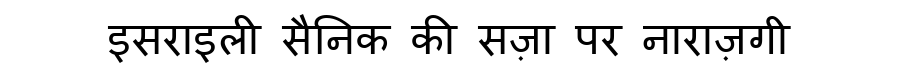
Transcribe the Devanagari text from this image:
इसराइली सैनिक की सज़ा पर नाराज़गी